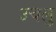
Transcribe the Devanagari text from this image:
उचलु